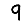
Digit: 9